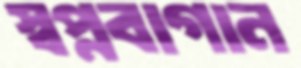
স্বপ্নবাগান